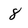
Character: 8